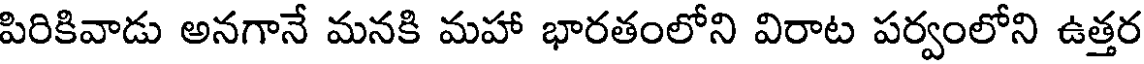
పిరికివాడు అనగానే మనకి మహా భారతంలోని విరాట పర్వంలోని ఉత్తర